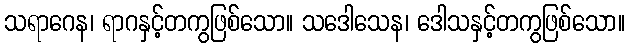
သရာဂေန၊ ရာဂနှင့်တကွဖြစ်သော။ သဒေါသေန၊ ဒေါသနှင့်တကွဖြစ်သော။